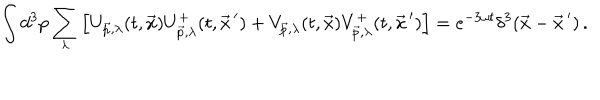
LaTeX: \int d ^ { 3 } p \sum _ { \lambda } \left[ U _ { \vec { p } , \lambda } ( t , \vec { x } ) U _ { \vec { p } , \lambda } ^ { + } ( t , \vec { x } ^ { \, \prime } ) + V _ { \vec { p } , \lambda } ( t , \vec { x } ) V _ { \vec { p } , \lambda } ^ { + } ( t , \vec { x } ^ { \, \prime } ) \right] = e ^ { - 3 \omega t } \delta ^ { 3 } ( \vec { x } - \vec { x } ^ { \, \prime } ) \, .